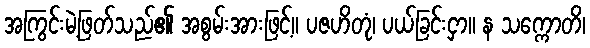
အကြွင်းမဲ့ဖြတ်သည်၏ အစွမ်းအားဖြင့်။ ပဇဟိတုံ၊ ပယ်ခြင်းငှာ။ န သက္ကောတိ၊